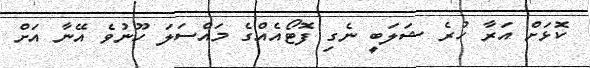
ކޮޅަށް އަރާ ހުރެ ޝަލަބީ ނެގި ފޮޓޯއެއްގެ މައްސަލަ ހޫނުވެ އޭނާ އަށް